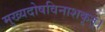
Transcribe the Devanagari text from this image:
मुख्यदोषविनाशकृत्।